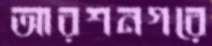
আরশনগরে